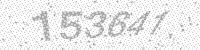
Solution: 153641